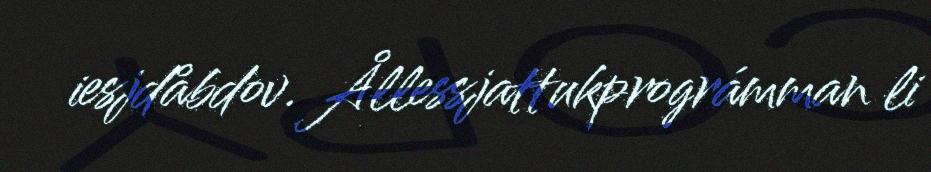
iesjdåbdov. Ållessjattukprográmman li